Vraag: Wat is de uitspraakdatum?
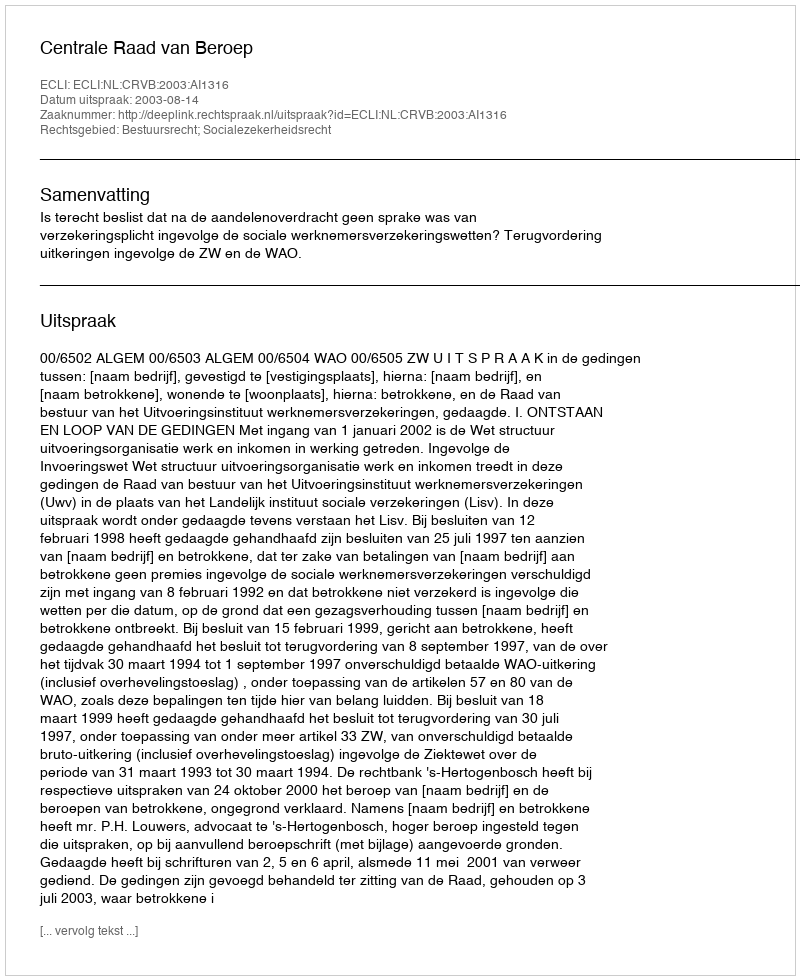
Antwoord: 2003-08-14